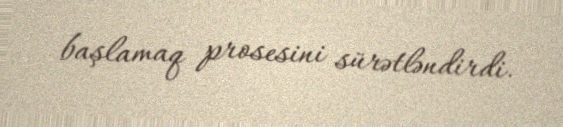
başlamaq prosesini sürətləndirdi.